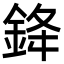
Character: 𨦟